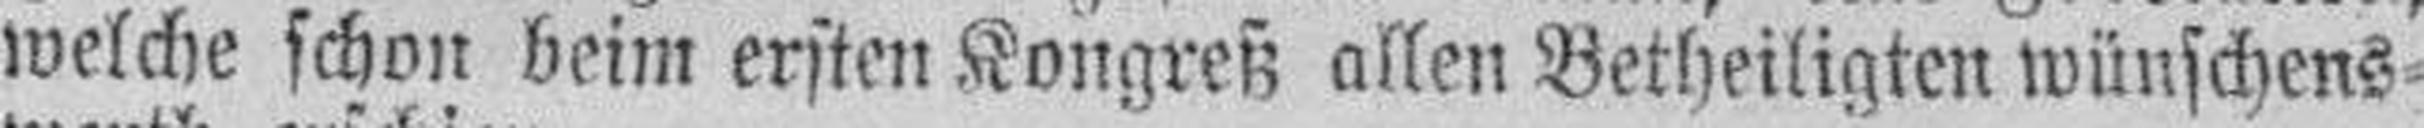
welche schon beim ersten Kongreß allen Betheiligten wünschens¬